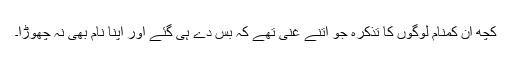
کچھ ان کمنام لوگوں کا تذکرہ جو اتنے غنی تھے کہ بس دے ہی گئے اور اپنا نام بھی نہ چھوڑا۔